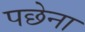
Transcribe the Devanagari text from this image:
पछेना